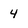
Character: 4